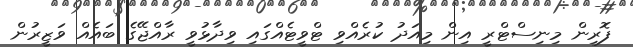
ފޮރިން މިނިސްޓްރީ އިން މިއަދު ކުރެއްވި ޓްވީޓެއްގައި ވިދާޅުވީ ރާއްޖޭގެ ބައެއް ވަޒީރުން